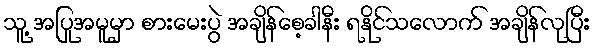
သူ့ အပြုအမူမှာ စားမေးပွဲ အချိန်စေ့ခါနီး ရနိုင်သလောက် အချိန်လုပြီး